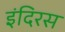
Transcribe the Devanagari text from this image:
इंदिरस